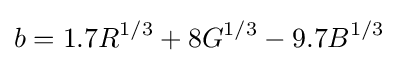
b=1.7R^{1/3}+8G^{1/3}-9.7B^{1/3}